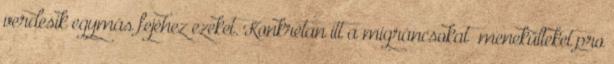
verdesik egymás fejéhez ezeket. Konkrétan itt a migráncsokat menekülteket pro